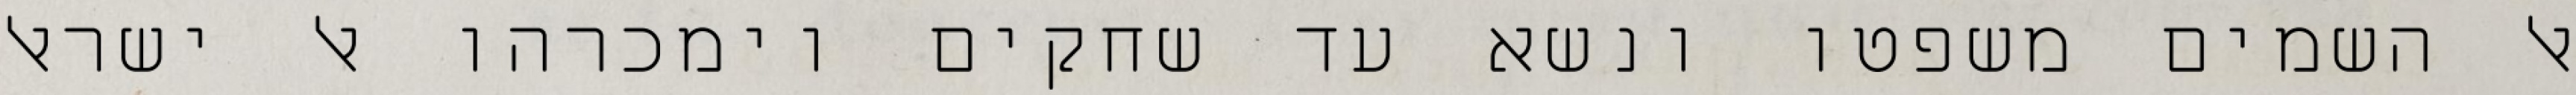
אל השמים משפטו ונשא עד שחקים וימכרהו אל ישראל